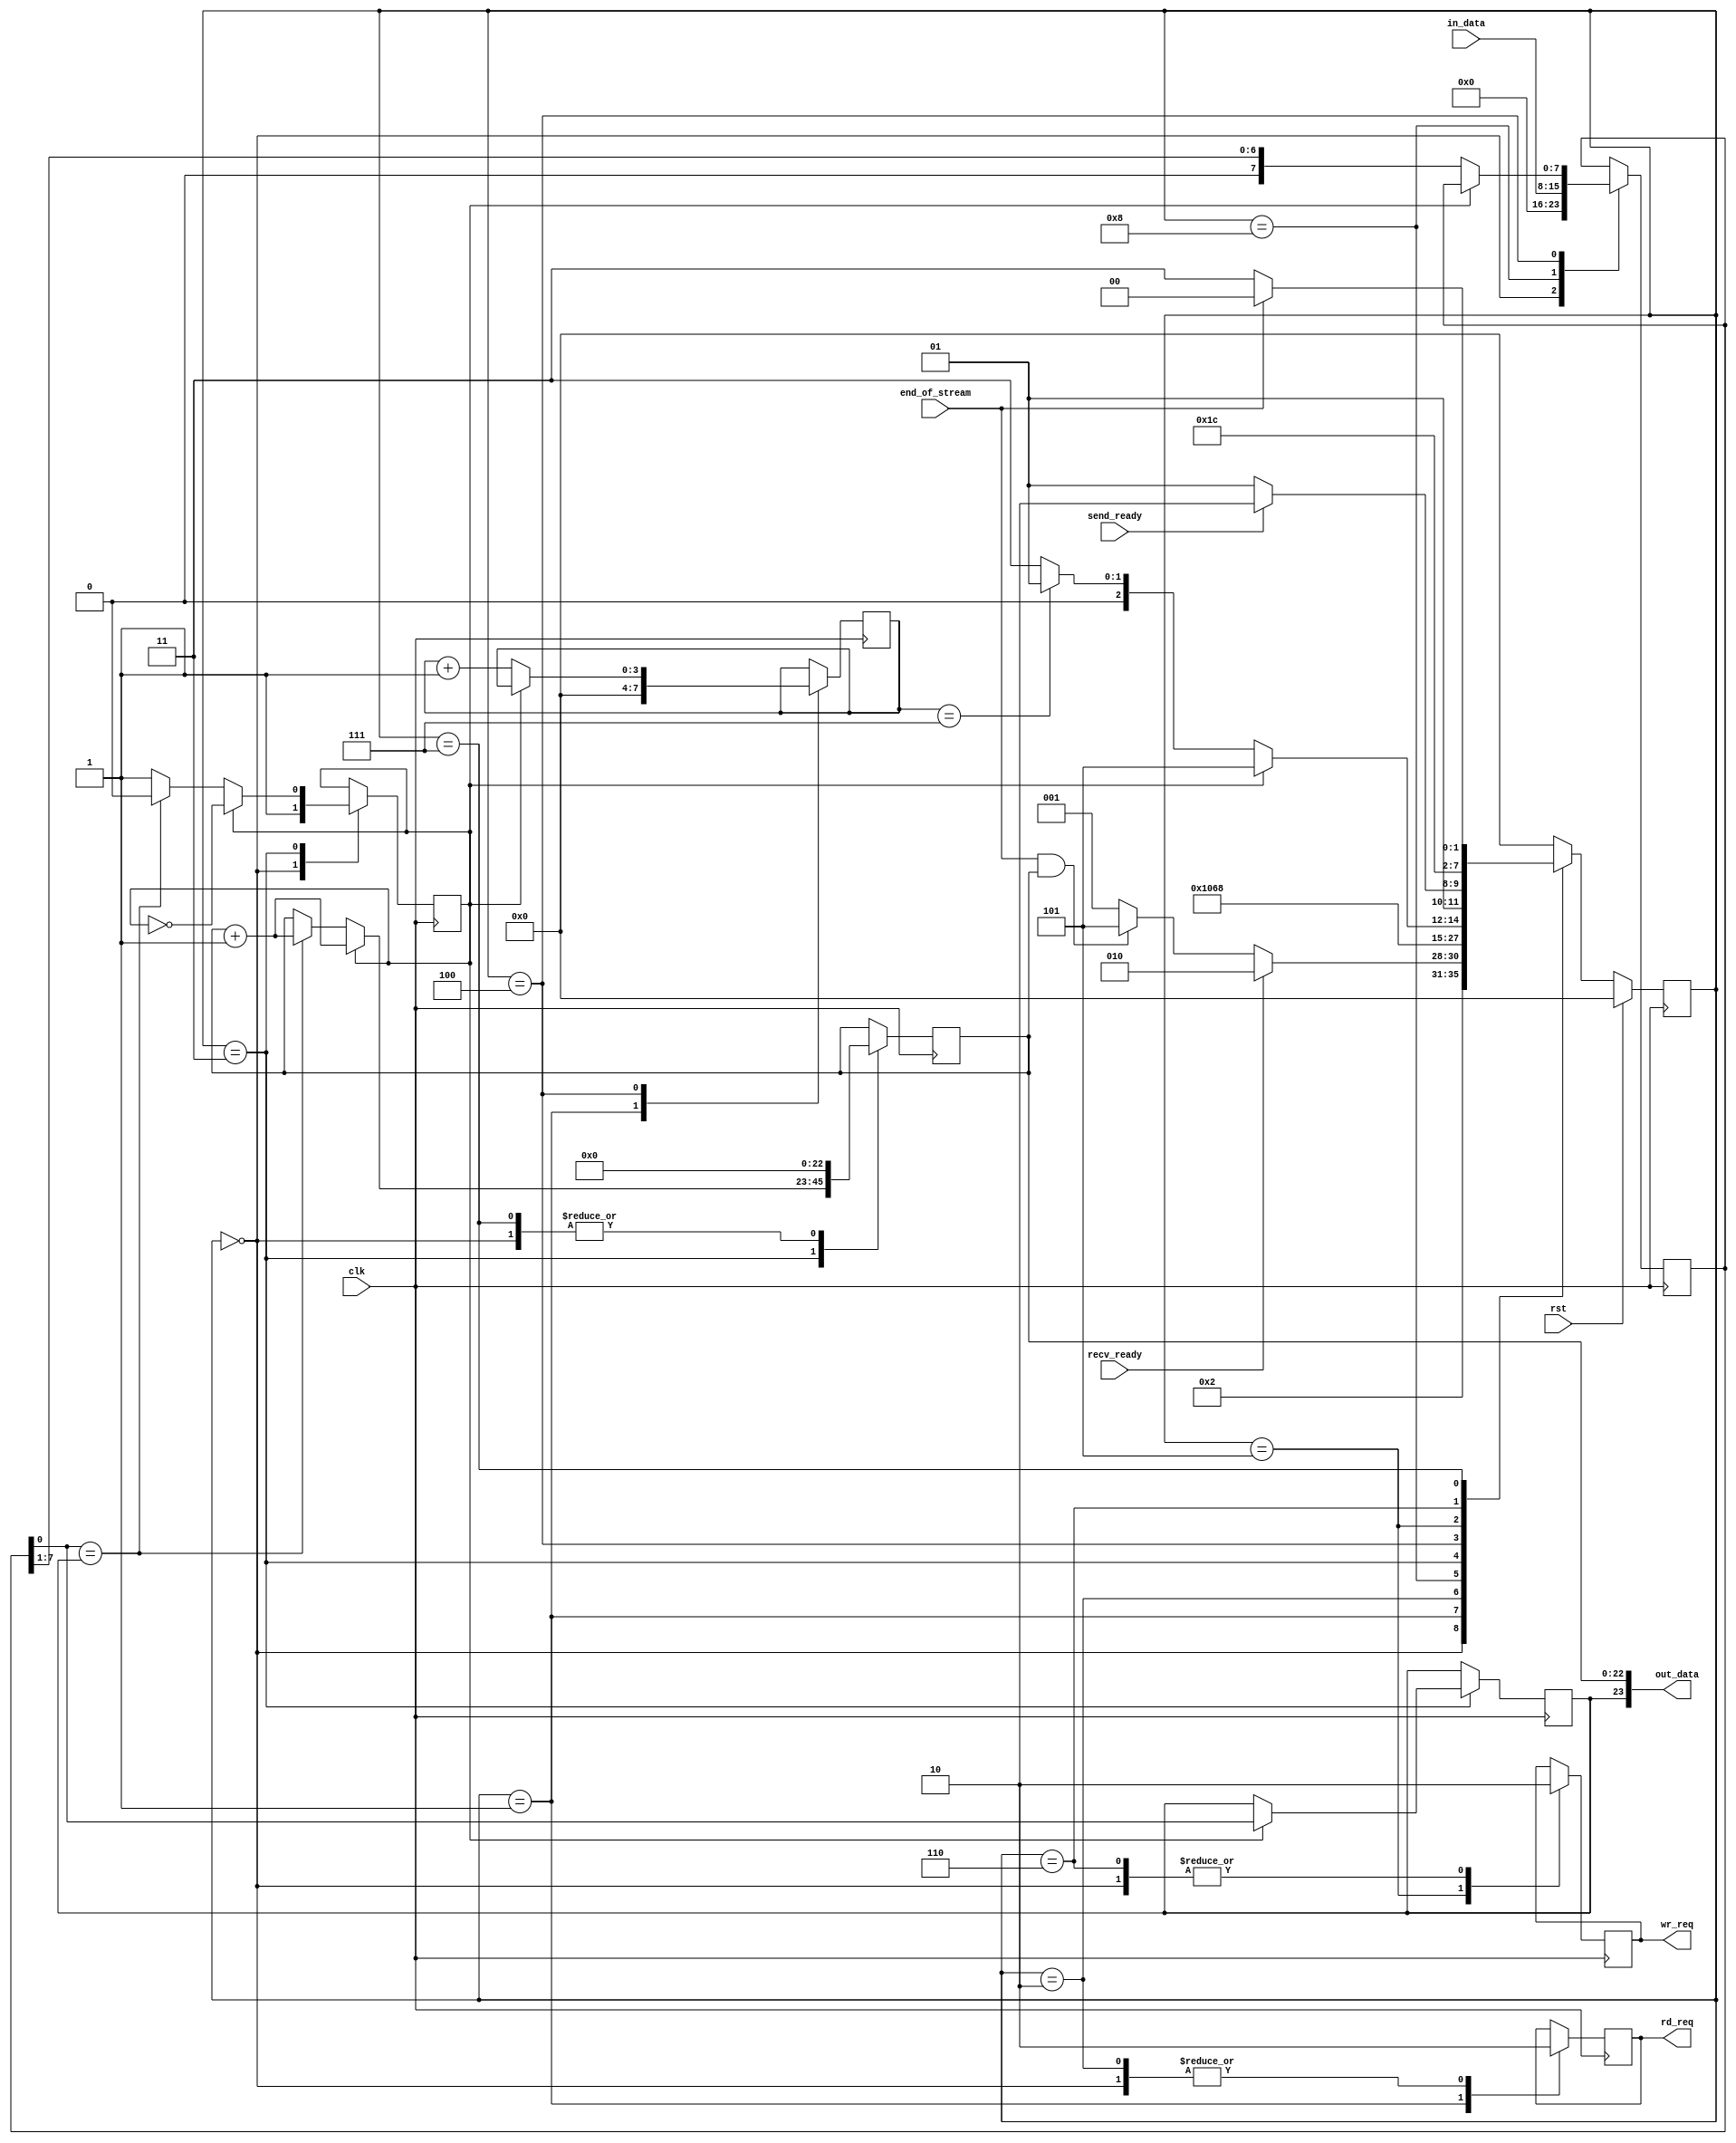
////////////////////////////////////////////////////////////////////////
// Run-Length Encoding Hardware for ECE354 Lab 3
////////////////////////////////////////////////////////////////////////

module rle_enc (clk, rst, rd_req , recv_ready ,send_ready, in_data , out_data, end_of_stream ,wr_req);
input clk,rst; 				//Use global Clk and Reset
input recv_ready,send_ready;		//recv_ready indicates input side FIFO is not empty. send_ready indicates output side FIFO is not full
input [7:0] in_data;			//input data comes from input side FIFO
input end_of_stream ;			//Indicate the end of bit stream. Flush out the last segment to FIFO.
output [23:0] out_data;			//Output data to output side FIFO. [23] has bit ID, [22:0] has bit counting value
output rd_req,wr_req;			//Read request for input side FIFO

reg rd_reg,wr_reg;			//Write request for output side FIFO
reg [22:0] bit_count;			//Store number of consecutive bits in bit stream
reg [3:0] shift_count;			//Current shift amount of shift_buf
reg value_type;				//Bit ID
reg [7:0] shift_buf;			//Store 8 bit segment of bit stream comes from input side FIFO
					//Will be shifted out to calculate number of bits
reg [3:0] state;
reg [3:0] next_state;

reg new_bitstream; 			//Indicate new consecutive bit is starting. Current encoded data segment is passed to output side FIFO

//Reference the state machine for Lab slide.
parameter INIT  = 4'b0000,REQUEST_INPUT = 4'b0001,WAIT_INPUT = 4'b0010,COUNT_BITS = 4'b0011,
SHIFT_BITS = 4'b0100,COUNT_DONE = 4'b0101,WAIT_OUTPUT = 4'b0110, RESET_COUNT = 4'b0111, READ_INPUT  = 4'b1000;

always @(state or recv_ready or send_ready or end_of_stream or bit_count or new_bitstream or shift_count) begin
	case(state)
		INIT: begin
			next_state = REQUEST_INPUT;
		end
		REQUEST_INPUT: begin
			if(recv_ready) next_state = WAIT_INPUT;
			else if(end_of_stream  && bit_count) next_state = COUNT_DONE;
			else next_state = REQUEST_INPUT;
		end
		WAIT_INPUT: next_state = READ_INPUT ;
		READ_INPUT : next_state = COUNT_BITS;
		COUNT_BITS: next_state = SHIFT_BITS;
		SHIFT_BITS:
		begin
			if(new_bitstream) next_state = COUNT_DONE;
			else begin
				if(shift_count == 7) next_state = REQUEST_INPUT;
				else next_state = COUNT_BITS;
			end
		end
		COUNT_DONE:
		begin
			if(send_ready) next_state = WAIT_OUTPUT ;
			else next_state = COUNT_DONE;
		end
		WAIT_OUTPUT : next_state = RESET_COUNT ;
		RESET_COUNT : begin
			if(end_of_stream ) next_state = INIT;
			else next_state = COUNT_BITS;
		end
		default: next_state = INIT;
	endcase
end

always @(posedge clk) begin
	if(rst) state <= INIT;
	else state <= next_state;

	case(state)
	INIT: begin
		//Initialize registers
		rd_reg <= 0;
		wr_reg <= 0;
		bit_count <= 0;
		shift_buf <= 0;
		new_bitstream <=1;
		
		
	end
	REQUEST_INPUT: begin
		//Assert rd_req signal to FIFO by setting rd_reg
		//FIFO takes rd_req signal at next clock
		shift_count <= 0;
		rd_reg <= 1;
	end
	WAIT_INPUT: begin
		//De-assert rd_req by setting rd_reg
		rd_reg <= 0;
	end
	READ_INPUT : begin
		//FIFO provides valid data after taking rd_req
		//shift_buf stores 8 bit input data
		shift_buf <= in_data;
		
		
		
		
	end
	COUNT_BITS: begin
		//Count number of consecutive bits in shift_buf
		//If new type of bit starts, store bit ID in value_type register
		//If current value_type and shift_buf[0] is not matched, notify current encoding is completed and new encoding will be started
		if(new_bitstream) begin
		value_type <= shift_buf[0];
		new_bitstream <= !new_bitstream;
		bit_count <= bit_count + 1;
		end
		else begin
			if(shift_buf[0] == value_type) begin// increment
			bit_count <= bit_count +1;
			end
			else begin//reset
			new_bitstream <= 1;
			end
		end
	end
	SHIFT_BITS: begin
		//Right shift the shift_buf
		//Increase shift_count
		if(!new_bitstream) begin
		shift_buf <= (shift_buf >> 1);
		shift_count <= shift_count + 1;
		end
	end
	COUNT_DONE: begin
		//Assert wr_req by setting wr_reg
		//FIFO will take wr_req signal in next clock cycle
		wr_reg <= 1;
	end
	WAIT_OUTPUT : begin
		//De-assert wr_req by setting wr_reg
		wr_reg <= 0;
		
	end
	RESET_COUNT : begin
		//Reset bit counting register after passing encoded data to output side FIFO
		bit_count <= 0;
	end
	endcase
end

assign rd_req = rd_reg;
assign wr_req = wr_reg;
assign out_data[23] = value_type;
assign out_data[22:0] = bit_count[22:0];
endmodule